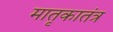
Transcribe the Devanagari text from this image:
मातृकातंत्र